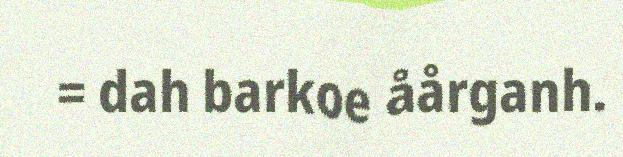
= dah barkoe åårganh.